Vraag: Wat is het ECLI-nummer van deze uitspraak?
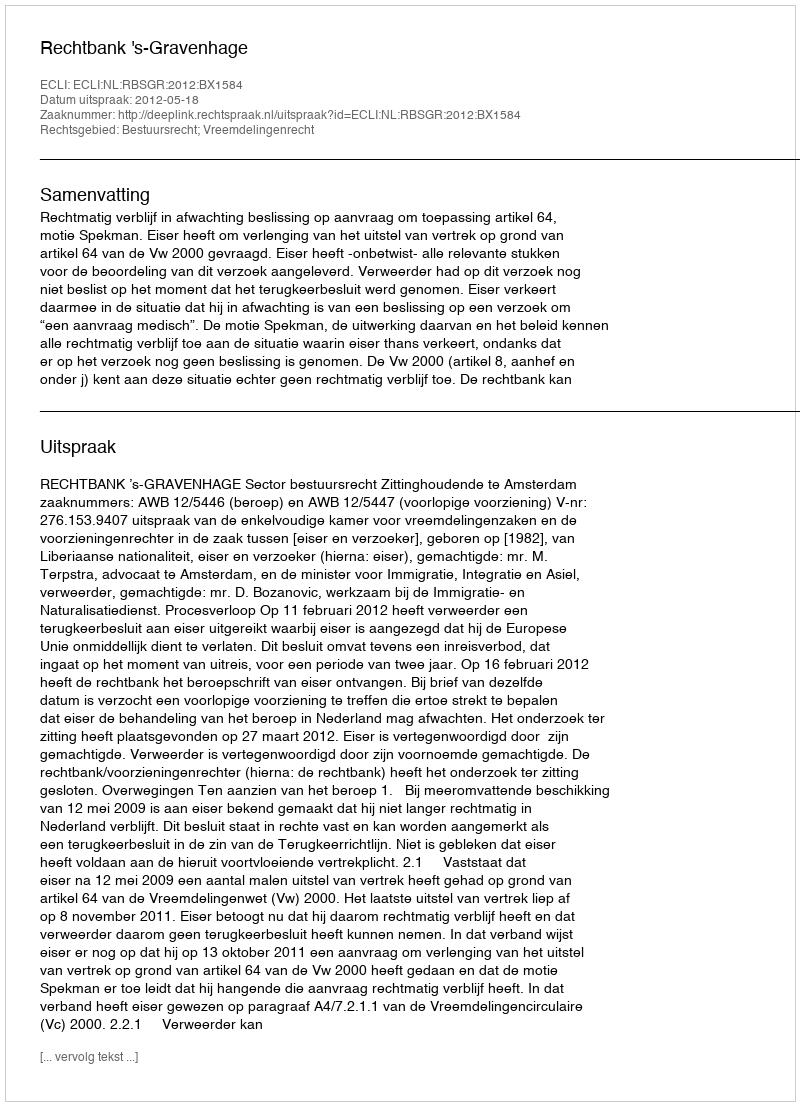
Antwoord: ECLI:NL:RBSGR:2012:BX1584